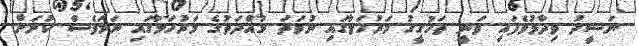
ނަޝީދު ވިދާޅުވެފައި ވަނީ ތަހުގީގު މަރުހަލާގައި ނުވަތަ މުއްދަތުގެ މަރުހަލާގައި ނަމަވެސް ކުށަށް